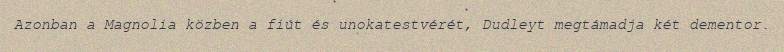
Azonban a Magnolia közben a fiút és unokatestvérét, Dudleyt megtámadja két dementor.